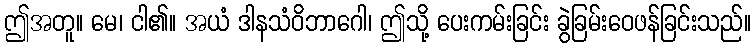
ဤအတူ။ မေ၊ ငါ၏။ အယံ ဒါနသံဝိဘာဂေါ၊ ဤသို့ ပေးကမ်းခြင်း ခွဲခြမ်းဝေဖန်ခြင်းသည်။